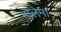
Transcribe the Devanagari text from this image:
मालेमा